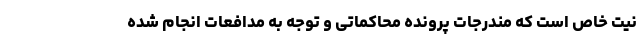
نیت خاص است که مندرجات پرونده محاکماتی و توجه به مدافعات انجام شده